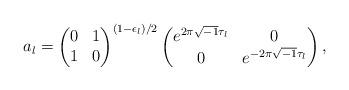
LaTeX: \begin{align*} a_l = \begin{pmatrix} 0 & 1 \\ 1 & 0 \end{pmatrix}^{(1-\epsilon_l)/2} \begin{pmatrix} e^{2 \pi \sqrt{-1} \tau_l} & 0 \\ 0 & e^{-2 \pi \sqrt{-1} \tau_l} \end{pmatrix},\end{align*}